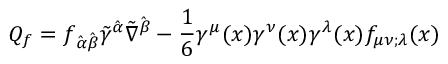
Q _ { f } = f _ { \hat { \alpha } \hat { \beta } } \tilde { \gamma } ^ { \hat { \alpha } } \tilde { \nabla } ^ { \hat { \beta } } - \frac { 1 } { 6 } \gamma ^ { \mu } ( x ) \gamma ^ { \nu } ( x ) \gamma ^ { \lambda } ( x ) f _ { \mu \nu ; \lambda } ( x )